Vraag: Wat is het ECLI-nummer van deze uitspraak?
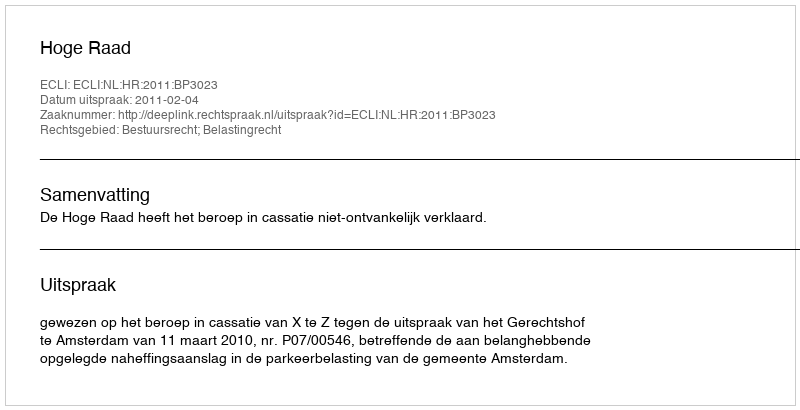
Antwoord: ECLI:NL:HR:2011:BP3023